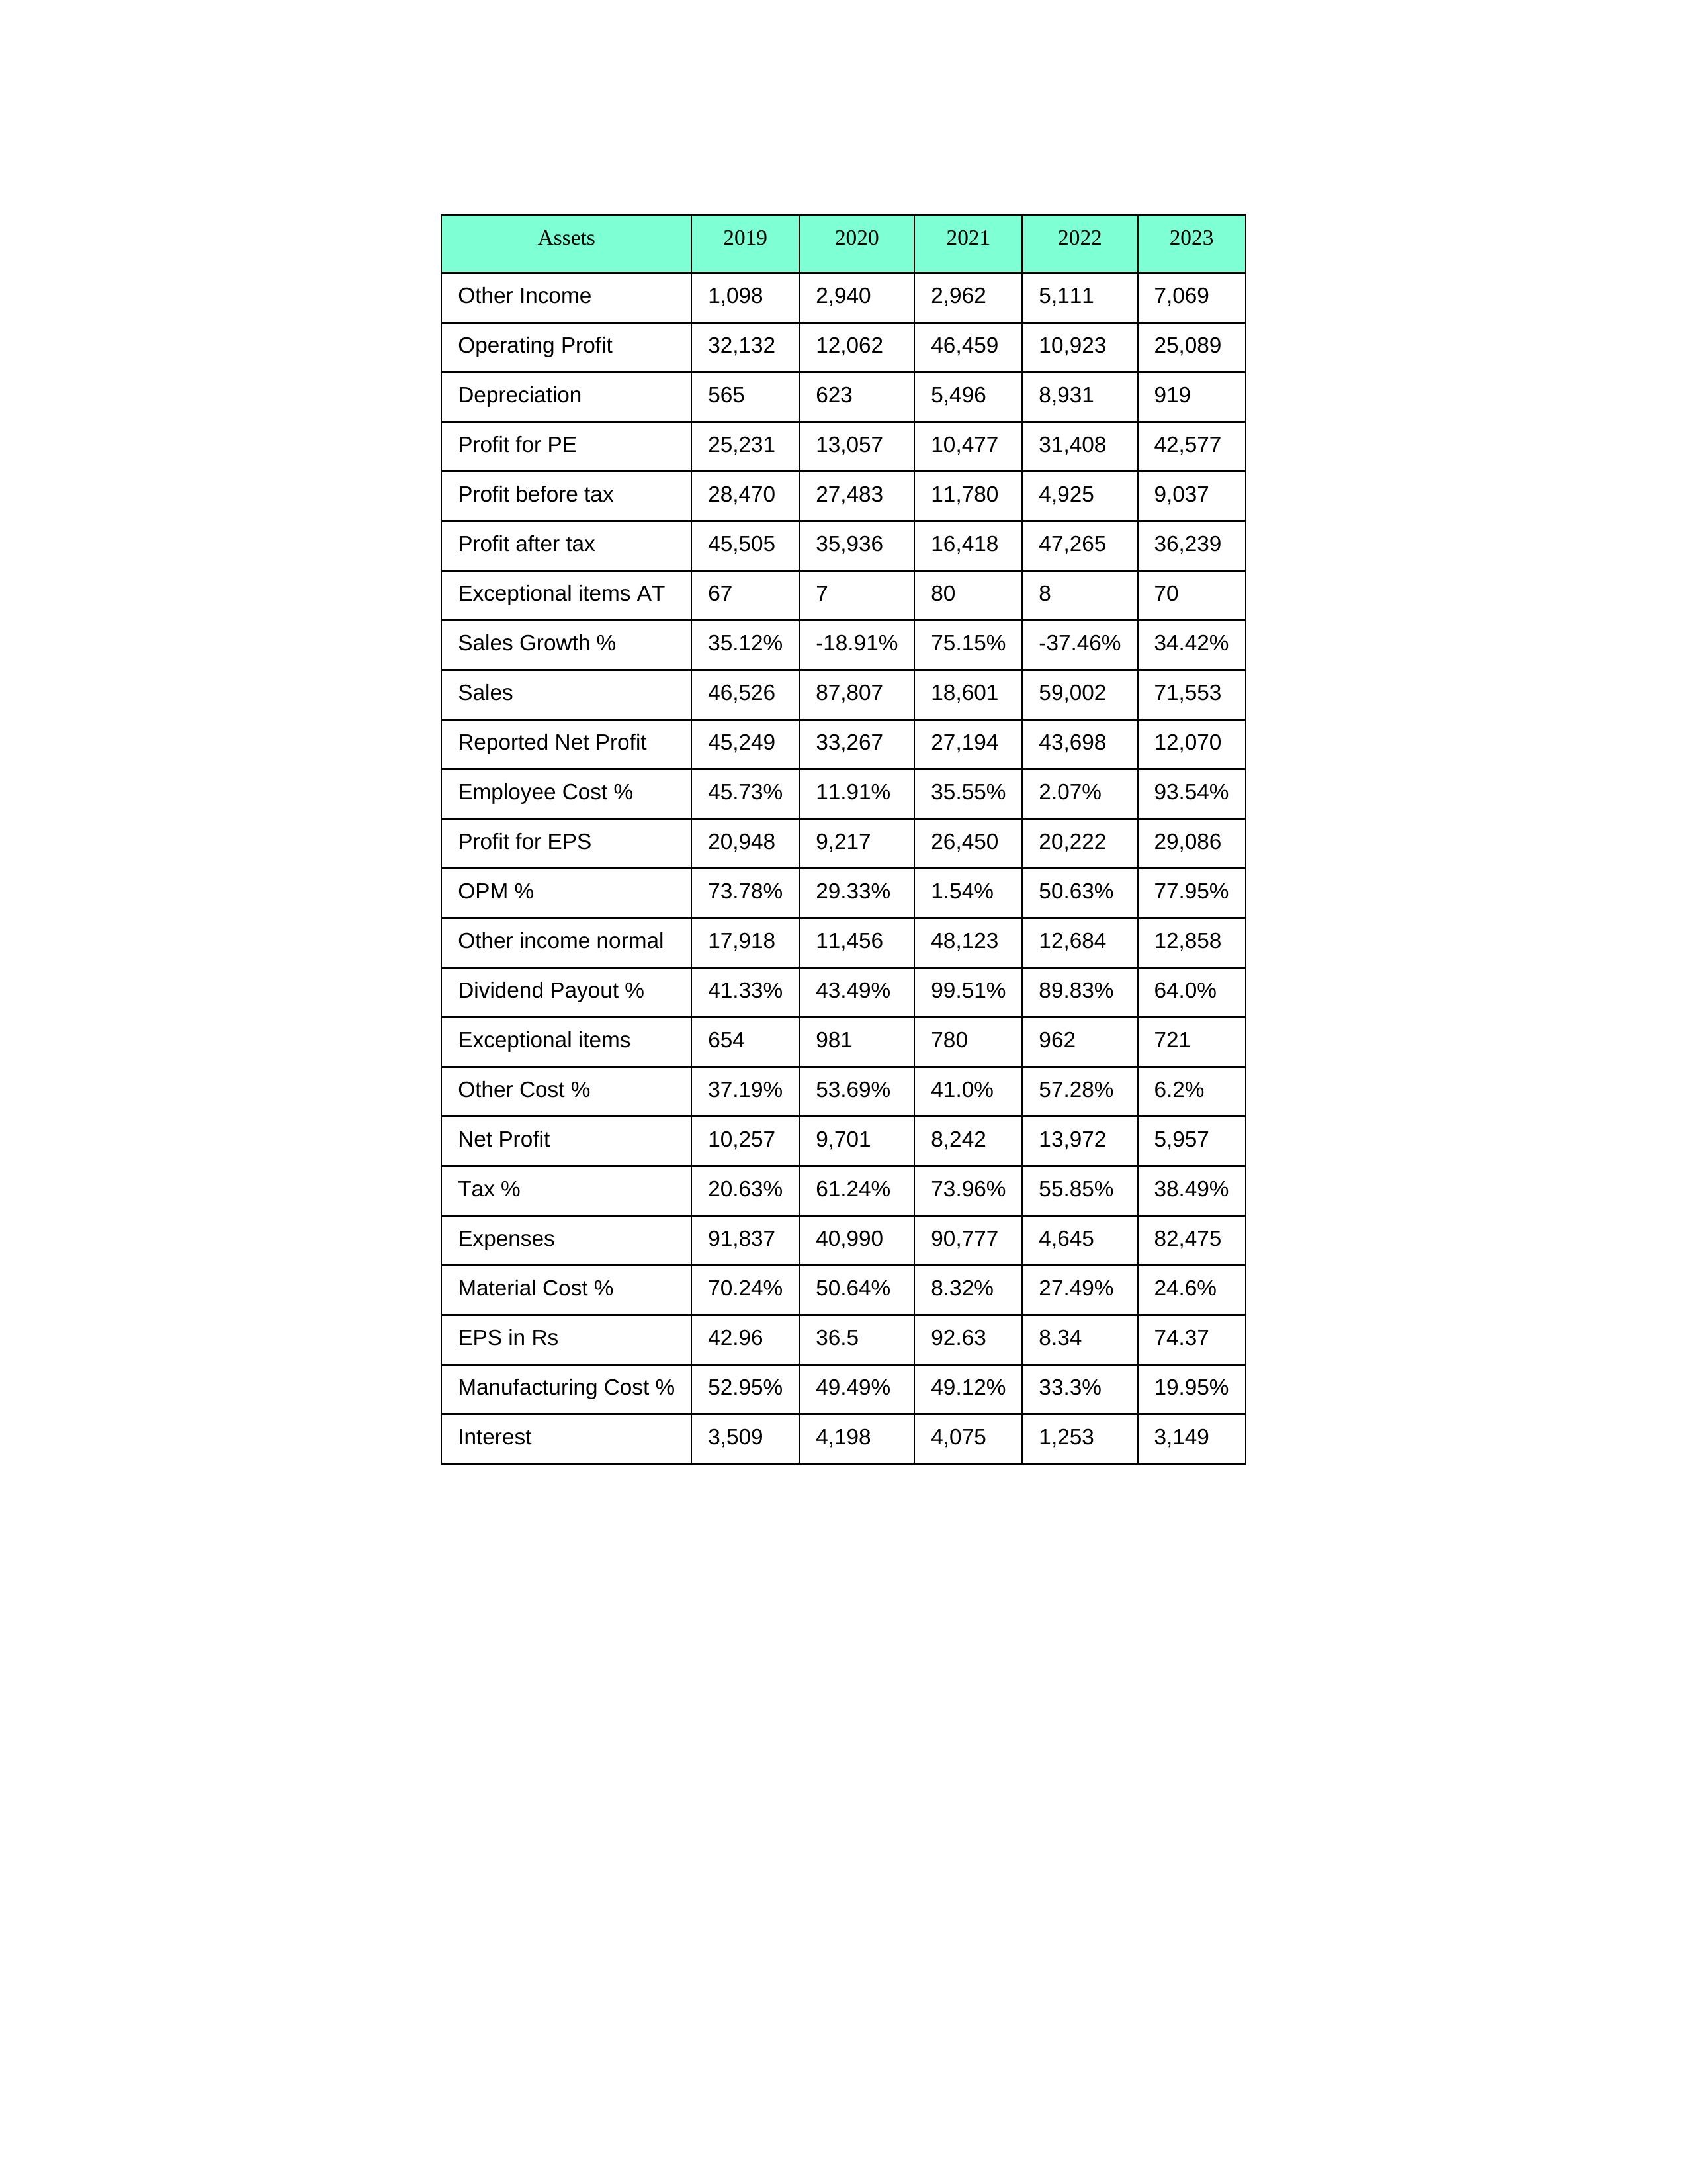
gt_parse: 2019: Sales: 46,526
Sales Growth %: 35.12%
Expenses: 91,837
Material Cost %: 70.24%
Manufacturing Cost %: 52.95%
Employee Cost %: 45.73%
Other Cost %: 37.19%
Operating Profit: 32,132
OPM %: 73.78%
Other Income: 1,098
Exceptional items: 654
Other income normal: 17,918
Interest: 3,509
Depreciation: 565
Profit before tax: 28,470
Tax %: 20.63%
Net Profit: 10,257
Profit after tax: 45,505
Reported Net Profit: 45,249
Profit for EPS: 20,948
Exceptional items AT: 67
Profit for PE: 25,231
EPS in Rs: 42.96
Dividend Payout %: 41.33%
2020: Sales: 87,807
Sales Growth %: -18.91%
Expenses: 40,990
Material Cost %: 50.64%
Manufacturing Cost %: 49.49%
Employee Cost %: 11.91%
Other Cost %: 53.69%
Operating Profit: 12,062
OPM %: 29.33%
Other Income: 2,940
Exceptional items: 981
Other income normal: 11,456
Interest: 4,198
Depreciation: 623
Profit before tax: 27,483
Tax %: 61.24%
Net Profit: 9,701
Profit after tax: 35,936
Reported Net Profit: 33,267
Profit for EPS: 9,217
Exceptional items AT: 7
Profit for PE: 13,057
EPS in Rs: 36.5
Dividend Payout %: 43.49%
2021: Sales: 18,601
Sales Growth %: 75.15%
Expenses: 90,777
Material Cost %: 8.32%
Manufacturing Cost %: 49.12%
Employee Cost %: 35.55%
Other Cost %: 41.0%
Operating Profit: 46,459
OPM %: 1.54%
Other Income: 2,962
Exceptional items: 780
Other income normal: 48,123
Interest: 4,075
Depreciation: 5,496
Profit before tax: 11,780
Tax %: 73.96%
Net Profit: 8,242
Profit after tax: 16,418
Reported Net Profit: 27,194
Profit for EPS: 26,450
Exceptional items AT: 80
Profit for PE: 10,477
EPS in Rs: 92.63
Dividend Payout %: 99.51%
2022: Sales: 59,002
Sales Growth %: -37.46%
Expenses: 4,645
Material Cost %: 27.49%
Manufacturing Cost %: 33.3%
Employee Cost %: 2.07%
Other Cost %: 57.28%
Operating Profit: 10,923
OPM %: 50.63%
Other Income: 5,111
Exceptional items: 962
Other income normal: 12,684
Interest: 1,253
Depreciation: 8,931
Profit before tax: 4,925
Tax %: 55.85%
Net Profit: 13,972
Profit after tax: 47,265
Reported Net Profit: 43,698
Profit for EPS: 20,222
Exceptional items AT: 8
Profit for PE: 31,408
EPS in Rs: 8.34
Dividend Payout %: 89.83%
2023: Sales: 71,553
Sales Growth %: 34.42%
Expenses: 82,475
Material Cost %: 24.6%
Manufacturing Cost %: 19.95%
Employee Cost %: 93.54%
Other Cost %: 6.2%
Operating Profit: 25,089
OPM %: 77.95%
Other Income: 7,069
Exceptional items: 721
Other income normal: 12,858
Interest: 3,149
Depreciation: 919
Profit before tax: 9,037
Tax %: 38.49%
Net Profit: 5,957
Profit after tax: 36,239
Reported Net Profit: 12,070
Profit for EPS: 29,086
Exceptional items AT: 70
Profit for PE: 42,577
EPS in Rs: 74.37
Dividend Payout %: 64.0%